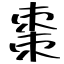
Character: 棗